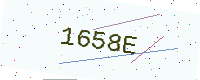
Text: 1658E